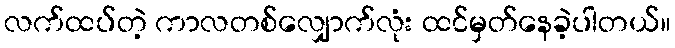
လက်ထပ်တဲ့ ကာလတစ်လျှောက်လုံး ထင်မှတ်နေခဲ့ပါတယ်။